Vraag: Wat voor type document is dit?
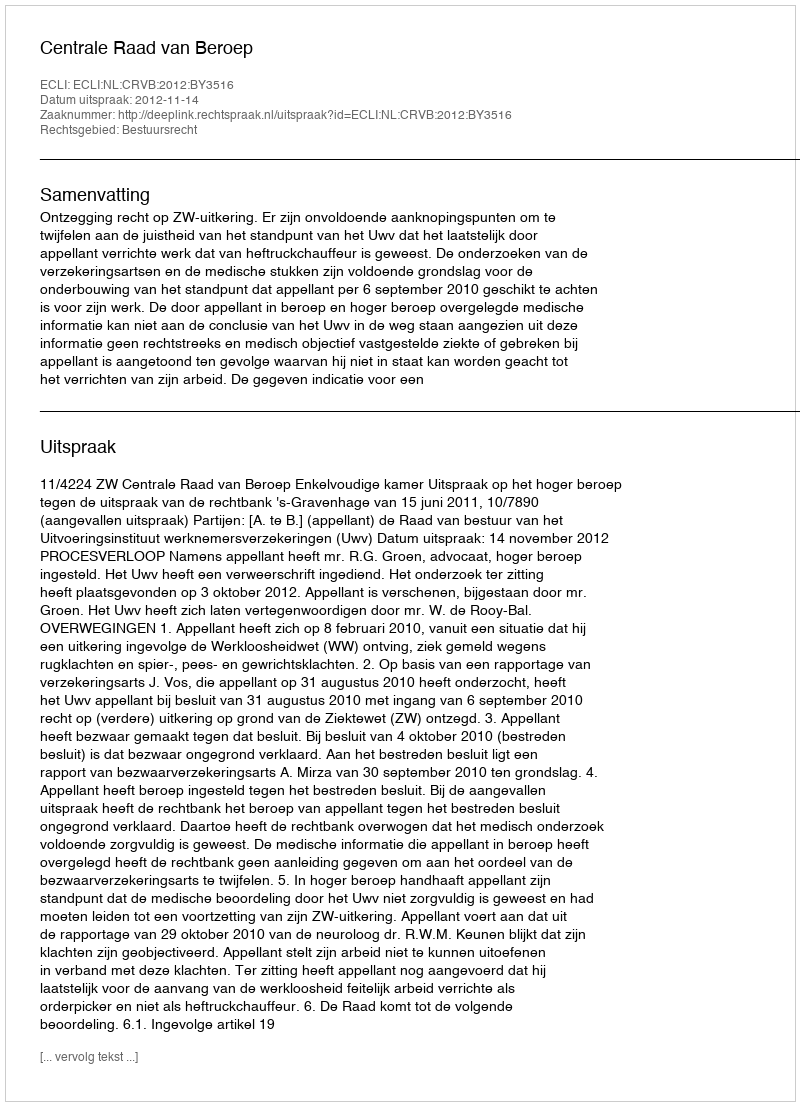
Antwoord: Uitspraak